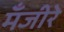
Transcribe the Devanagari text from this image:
मँजीरे